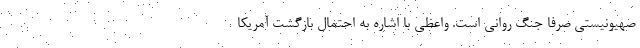
صهیونیستی صرفاً جنگ روانی است. واعظی با اشاره به احتمال بازگشت آمریکا